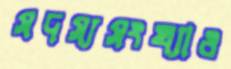
সদস্যসংখ্যাও